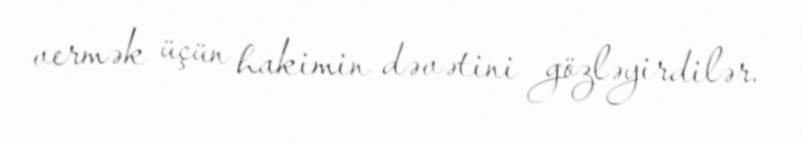
vermək üçün hakimin dəvətini gözləyirdilər.